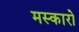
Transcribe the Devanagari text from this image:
मस्कारो